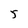
Character: 5